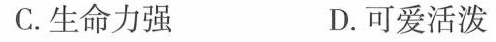
C.生命力强 D.可爱活泼